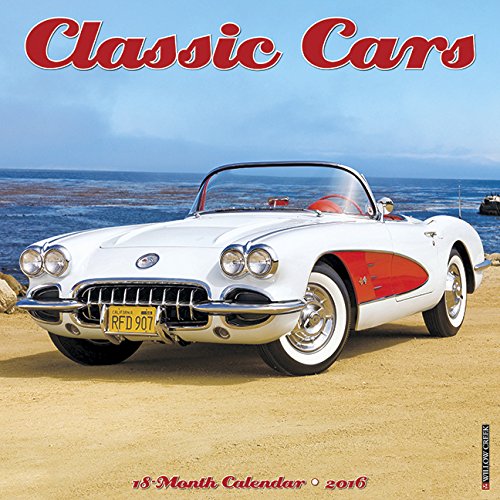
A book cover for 2016 Classic Cars Wall Calendar; Willow Creek Press; Calendars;